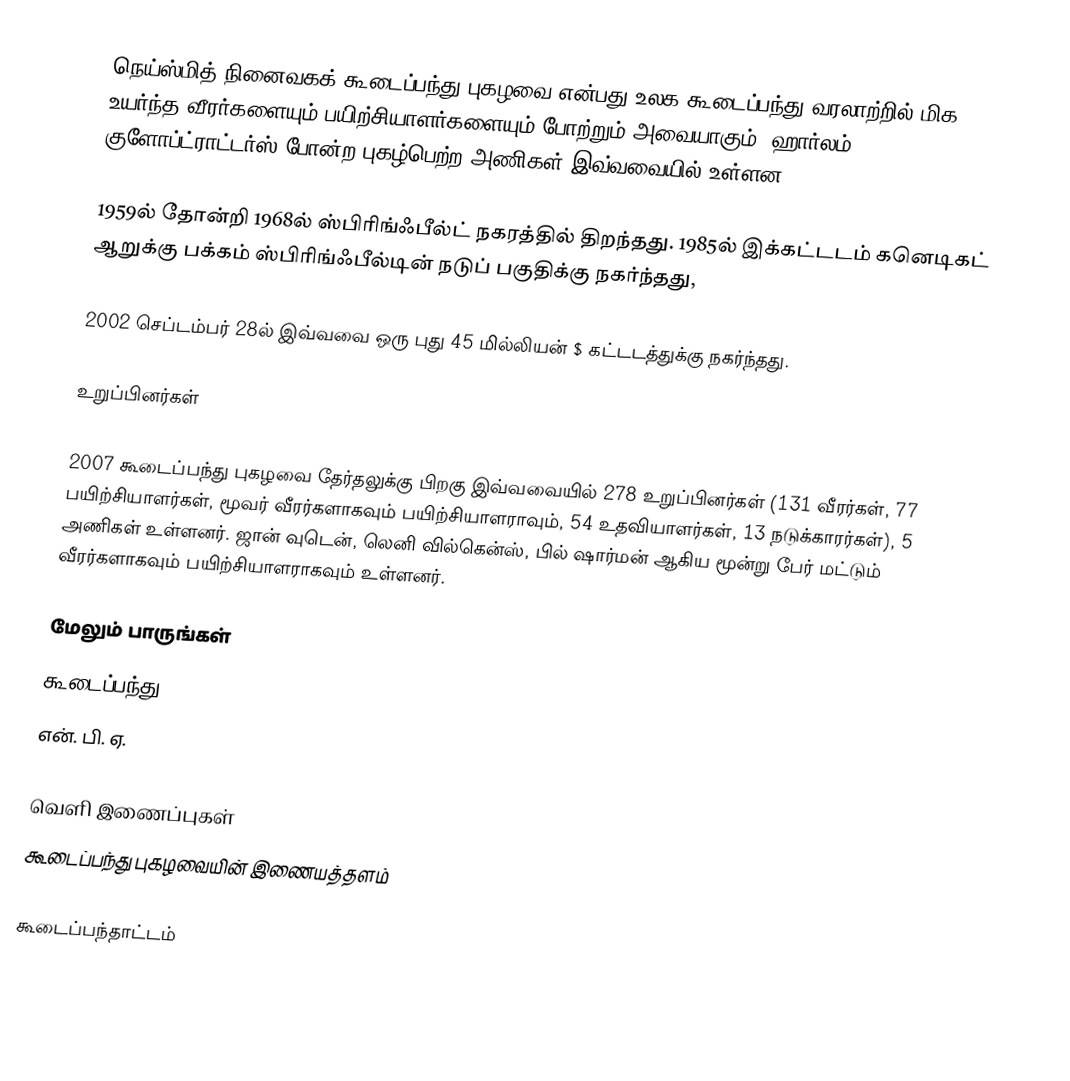
நெய்ஸ்மித் நினைவகக் கூடைப்பந்து புகழவை என்பது உலக கூடைப்பந்து வரலாற்றில் மிக உயர்ந்த வீரர்களையும் பயிற்சியாளர்களையும் போற்றும் அவையாகும். ஹார்லம் குளோப்ட்ராட்டர்ஸ் போன்ற புகழ்பெற்ற அணிகள் இவ்வவையில் உள்ளன.

1959ல் தோன்றி 1968ல் ஸ்பிரிங்ஃபீல்ட் நகரத்தில் திறந்தது. 1985ல் இக்கட்டடம் கனெடிகட் ஆறுக்கு பக்கம் ஸ்பிரிங்ஃபீல்டின் நடுப் பகுதிக்கு நகர்ந்தது,

2002 செப்டம்பர் 28ல் இவ்வவை ஒரு புது 45 மில்லியன் $ கட்டடத்துக்கு நகர்ந்தது.

உறுப்பினர்கள்

2007 கூடைப்பந்து புகழவை தேர்தலுக்கு பிறகு இவ்வவையில் 278 உறுப்பினர்கள் (131 வீரர்கள், 77 பயிற்சியாளர்கள், மூவர் வீரர்களாகவும் பயிற்சியாளராவும், 54 உதவியாளர்கள், 13 நடுக்காரர்கள்), 5 அணிகள் உள்ளனர். ஜான் வுடென், லெனி வில்கென்ஸ், பில் ஷார்மன் ஆகிய மூன்று பேர் மட்டும் வீரர்களாகவும் பயிற்சியாளராகவும் உள்ளனர்.

மேலும் பாருங்கள்
கூடைப்பந்து
என். பி. ஏ.

வெளி இணைப்புகள்
கூடைப்பந்து புகழவையின் இணையத்தளம்

கூடைப்பந்தாட்டம்